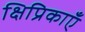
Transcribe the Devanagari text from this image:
क्षिप्रिकाएँ